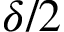
\delta / 2